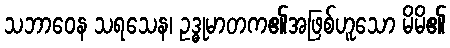
သဘာဝေန သရသေန၊ ဥဒ္ဓုမာတက၏အဖြစ်ဟူသော မိမိ၏